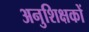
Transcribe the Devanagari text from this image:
अनुशिक्षकों